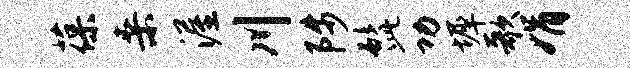
葆桑渥川陟髭功墀歌娟